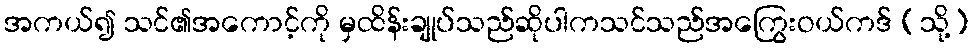
အကယ်၍ သင်၏အကောင့်ကို မှထိန်းချုပ်သည်ဆိုပါကသင်သည်အကြွေးဝယ်ကဒ် (သို့)